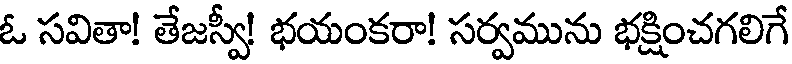
ఓ సవితా! తేజస్వీ! భయంకరా! సర్వమును భక్షించగలిగే